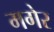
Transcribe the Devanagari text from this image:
मगेर